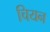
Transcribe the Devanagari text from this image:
चियन